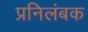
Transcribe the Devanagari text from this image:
प्रनिलंबक